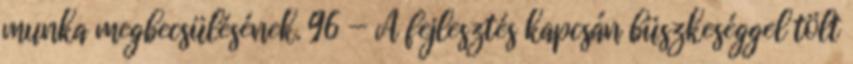
munka megbecsülésének. 96 — A fejlesztés kapcsán büszkeséggel tölt